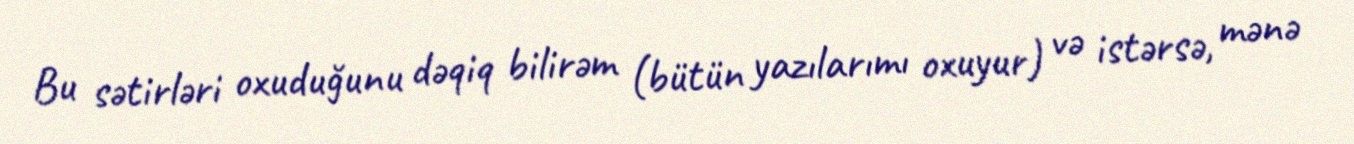
Bu sətirləri oxuduğunu dəqiq bilirəm (bütün yazılarımı oxuyur) və istərsə, mənə